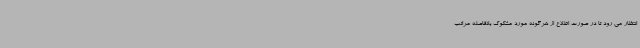
انتظار می رود تا در صورت اطلاع از هرگونه مورد مشکوک بلافاصله مراتب